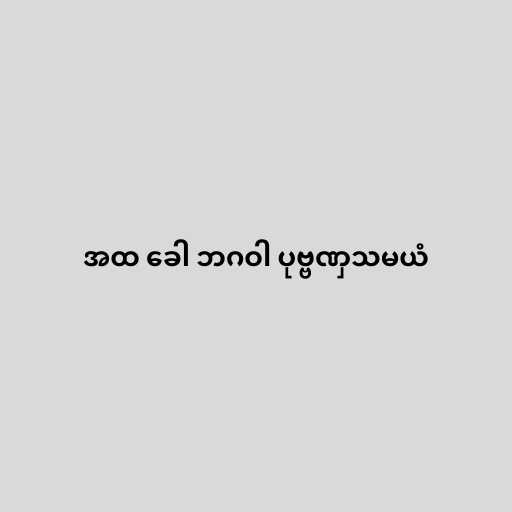
အထ ခေါ ဘဂဝါ ပုဗ္ဗဏှသမယံ